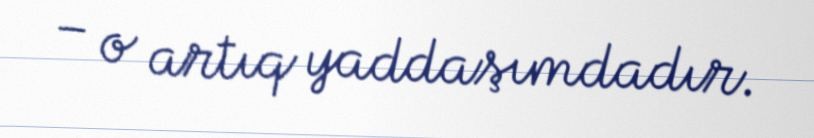
– o artıq yaddaşımdadır.